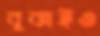
বুঝাইও